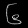
Digit: ၆